Indian journal of veterinary science and animal husbandry - Volumes 26-27, 1956-1957
Year: 1956
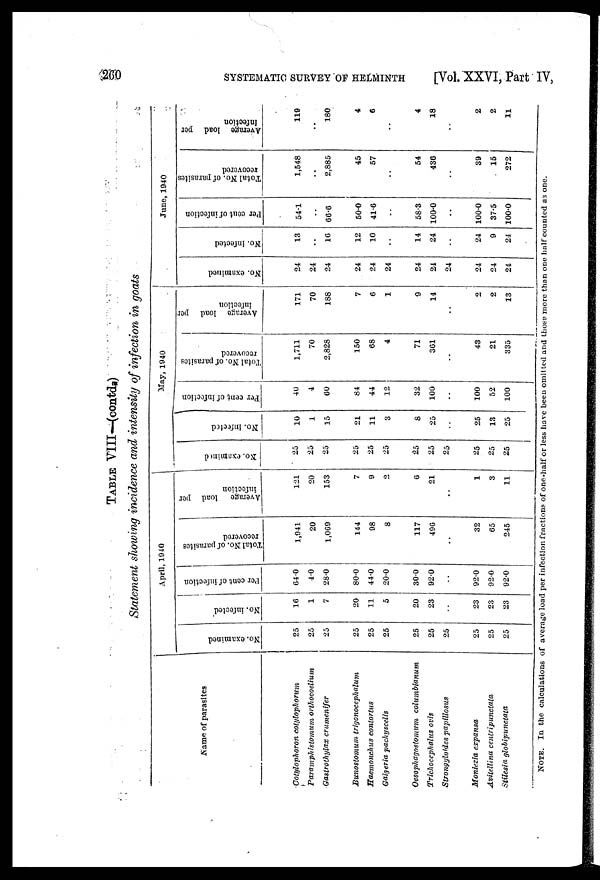
260
SYSTEMATIC SURVEY OF HELMINTH
[Vol. XXVI, Part IV,
TABLE VIII—(contd.)
Statement showing incidence and intensity of infection in goats
Name of parasites
Cotylophoron cotylophorum
Paramphistomum orthocoelium
Gastrothylax crumenifer
Bunostomum trigonocephalum
Haemonchus contortus
Gaigeria pachyscelis
Oesophagostomum
columbianum
Trichocephalus ovis
Strongyloides papillosus
Moniezia expansa
Avitellina centripunctata
Stilesia globipunctata
April, 1940
No. examined
25
25
25
25
25
25
25
25
25
25
25
25
No. infected
16
1
7
20
11
5
20
23
..
23
23
23
for cent of infection
64.0
4.0
28.0
80.0
44.0
20.0
30.0
92.0
..
92.0
92.0
92.0
Total No. of parasites
recovered
1,941
20
1,069
144
98
8
117
490
..
32
65
245
Average
load per
infection
121
20
153
7
9
2
6
21
..
1
3
11
May, 1940
No. examined
25
25
25
25
25
25
25
25
25
25
25
25
No. infected
10
1
15
21
11
3
8
25
..
25
13
25
Per cent of infection
40
4
60
84
44
12
32
100
..
100
52
100
Total No. of parasites
recovered
1,711
70
2,828
150
68
4
71
361
..
43
21
335
Average load per
infection
171
70
188
7
6
1
9
14
..
2
2
13
June, 1940
No. examined
24
24
24
24
24
24
24
24
24
24
24
24
No. infected
13
..
16
12
10
..
14
24
..
24
9
24
Per cent of infection
54.1
..
66.6
50.0
41.6
..
58.3
100.0
..
100.0
37.5
100.0
Total No. of parasites
recovered
1,548
..
2,885
45
57
..
54
436
..
39
15
272
Average load per
infection
119
..
180
4
6
..
4
18
..
2
2
11
NOTE. In the calculations of average load per infection fractions of one-half or less have been omitted and those more than one half counted as one.